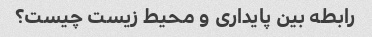
رابطه بین پایداری و محیط زیست چیست؟